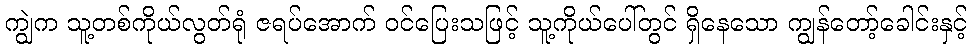
ကျွဲက သူ့တစ်ကိုယ်လွတ်ရုံ ဇရပ်အောက် ဝင်ပြေးသဖြင့် သူ့ကိုယ်ပေါ်တွင် ရှိနေသော ကျွန်တော့်ခေါင်းနှင့်